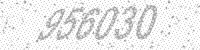
Solution: 956030